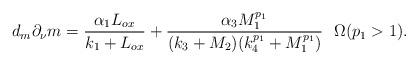
LaTeX: \begin{align*}d_m \partial_{\nu} m = \frac{\alpha_1 L_{ox}}{k_1 + L_{ox}} + \frac{\alpha_3 M_1^{p_1}}{(k_3 + M_2)(k_4^{p_1} + M_1^{p_1})} \ \ \Omega (p_1 >1).\end{align*}